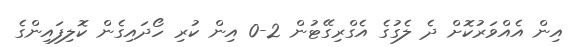
އިން އެއްވަރުކޮށް ދެ ލެގުގެ އެގްރިގޭޓުން 2-0 އިން ކުރި ހޯދައިގެން ކޮލިފައިންގެ